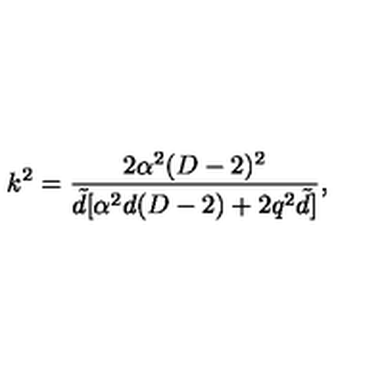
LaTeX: k ^ { 2 } = \frac { 2 \alpha ^ { 2 } ( D - 2 ) ^ { 2 } } { { \tilde { d } } [ \alpha ^ { 2 } d ( D - 2 ) + 2 q ^ { 2 } { \tilde { d } } ] } ,